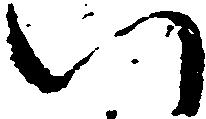
い